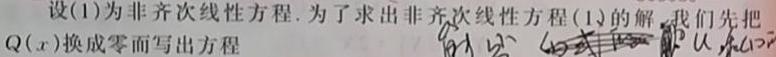
设(1)为非齐次线性方程. 为了求出非齐次线性方程(1)的解，我们先把$Q(x)$换成零而写出方程